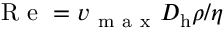
\mathrm { ~ R ~ e ~ } = { v _ { \mathrm { ~ m ~ a ~ x ~ } } D _ { \mathrm { h } } \rho } / { \eta }